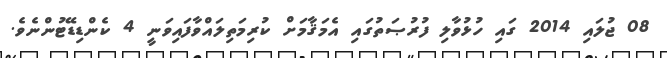
08 ޖުލައި 2014 ގައި ހުޅުވާލި ފުރުޞަތުގައި އެމަޤާމަށް ކުރިމަތިލައްވާފައިވަނީ 4 ކެންޑިޑޭޓުންނެވެ.